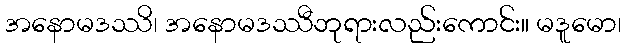
အနောမဒဿိ၊ အနောမဒဿီဘုရားလည်းကောင်း။ မဒူမော၊